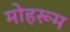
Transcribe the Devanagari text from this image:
मोहरूम